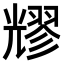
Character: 𠓂